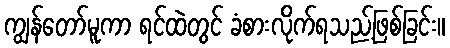
ကျွန်တော်မူကာ ရင်ထဲတွင် ခံစားလိုက်ရသည့်ဖြစ်ခြင်း။